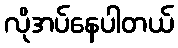
လိုအပ်နေပါတယ်